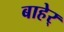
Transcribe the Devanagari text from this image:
बाहेर्